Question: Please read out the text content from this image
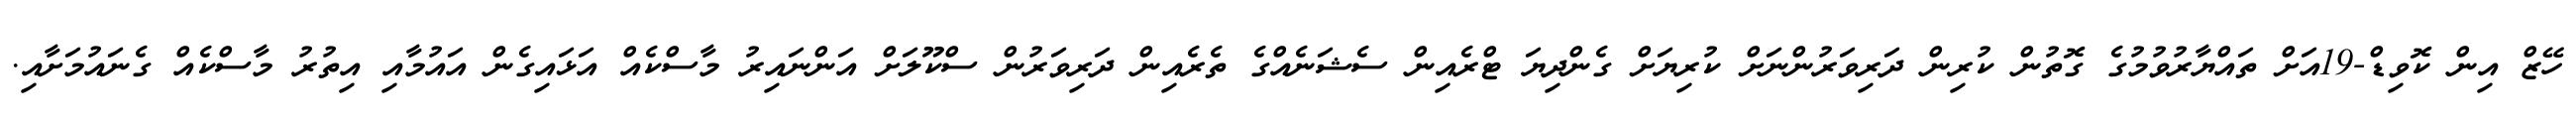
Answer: ހޭޒް އިން ކޮވިޑް-19އަށް ތައްޔާރުވުމުގެ ގޮތުން ކުރިން ދަރިވަރުންނަށް ކުރިޔަށް ގެންދިޔަ ޓްރެއިން ސެޝަނެއްގެ ތެރެއިން ދަރިވަރުން ސްކޫލަށް އަންނައިރު މާސްކެއް އަޅައިގެން އައުމާއި އިތުރު މާސްކެއް ގެނައުމަށާއި.